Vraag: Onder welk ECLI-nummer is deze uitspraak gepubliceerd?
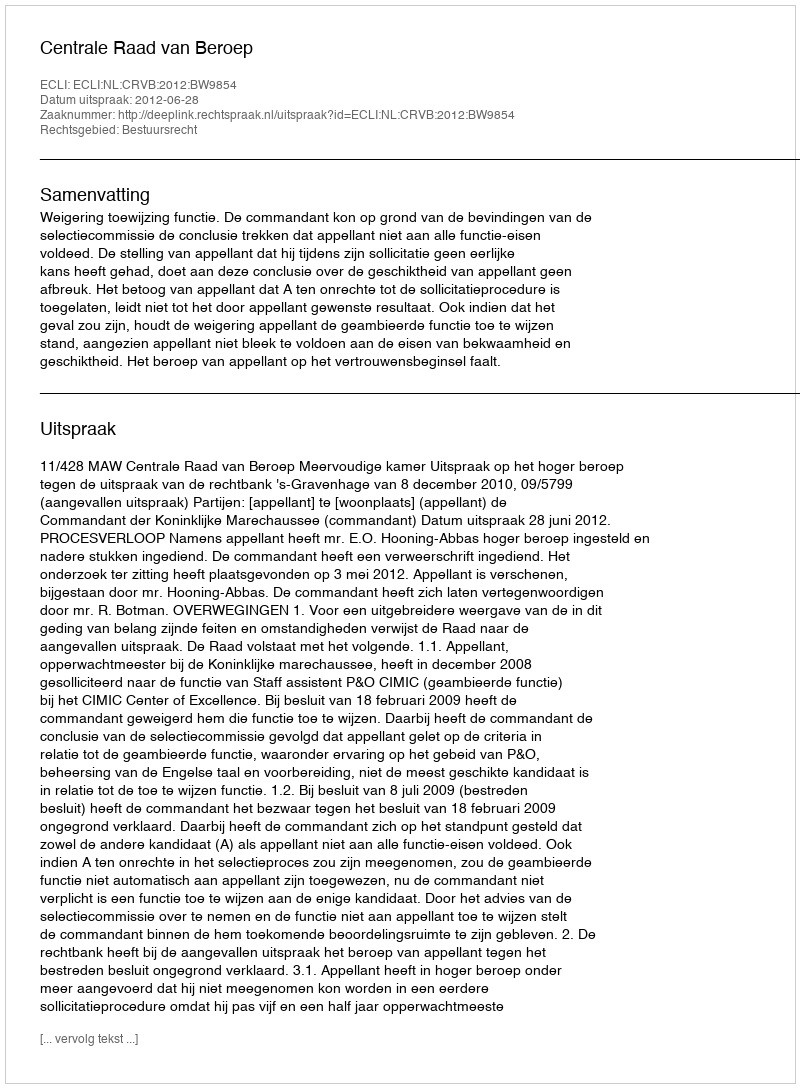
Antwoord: ECLI:NL:CRVB:2012:BW9854